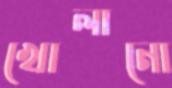
খোলানো